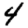
Digit: 4